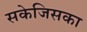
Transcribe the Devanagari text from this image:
सकेजिसका